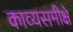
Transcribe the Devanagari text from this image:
काव्यसमीक्षे